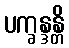
ပက္ခန္ဒန္တိ